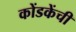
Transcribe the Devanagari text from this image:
कोंडकेंची